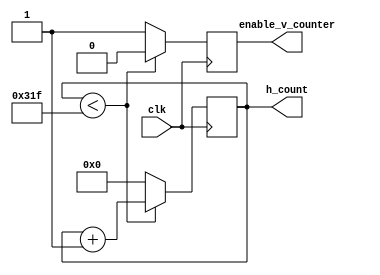
module h_counter(
	input clk,
	output reg enable_v_counter = 0,
	output reg[15:0] h_count = 0
);

	always @ (posedge clk)
	begin
		if (h_count < 799)
		begin
			h_count <= h_count + 1;
			enable_v_counter <= 0;
		end else
		begin
			h_count <= 0; // reset h counter
			enable_v_counter <= 1; // trigger v counter
		end
	end

endmodule